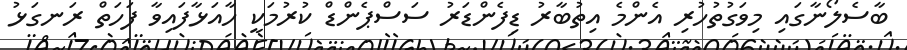
ބާސެލޯނާގައި މިވަގުތުހުރި އެންމެ އިތުބާރު ޑިފެންޑަރު ސަސްޕެންޑް ކުރުމަކީ ހާއަޅާފައިވާ ފަހަތް ރަނގަޅު